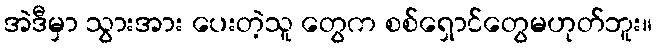
အဲဒီမှာ သွားအား ပေးတဲ့သူ တွေက စစ်ရှောင်တွေမဟုတ်ဘူး။